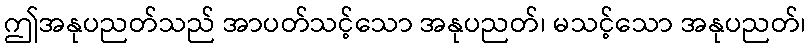
ဤအနုပညတ်သည် အာပတ်သင့်သော အနုပညတ်၊ မသင့်သော အနုပညတ်၊